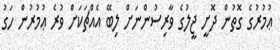
ޢުމުރުގެ ގޮތުން ދޮށީ ޖީލުގެ ވާރިސުންނަށް ލިބޭ އެއްޗަކަށް ވުރެ ޢުމުރުން ހަގު